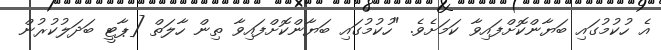
އެ ހުކުމުގައި ބަޔާންކޮށްފައިވާ ކަމަށެވެ. "ހުކުމުގައި ބަޔާންކޮށްފައިވާ ތިން ހާލަތް [ޕާޓީ ބަދަލުކުރުން